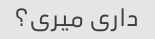
داری میری؟